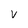
Character: V